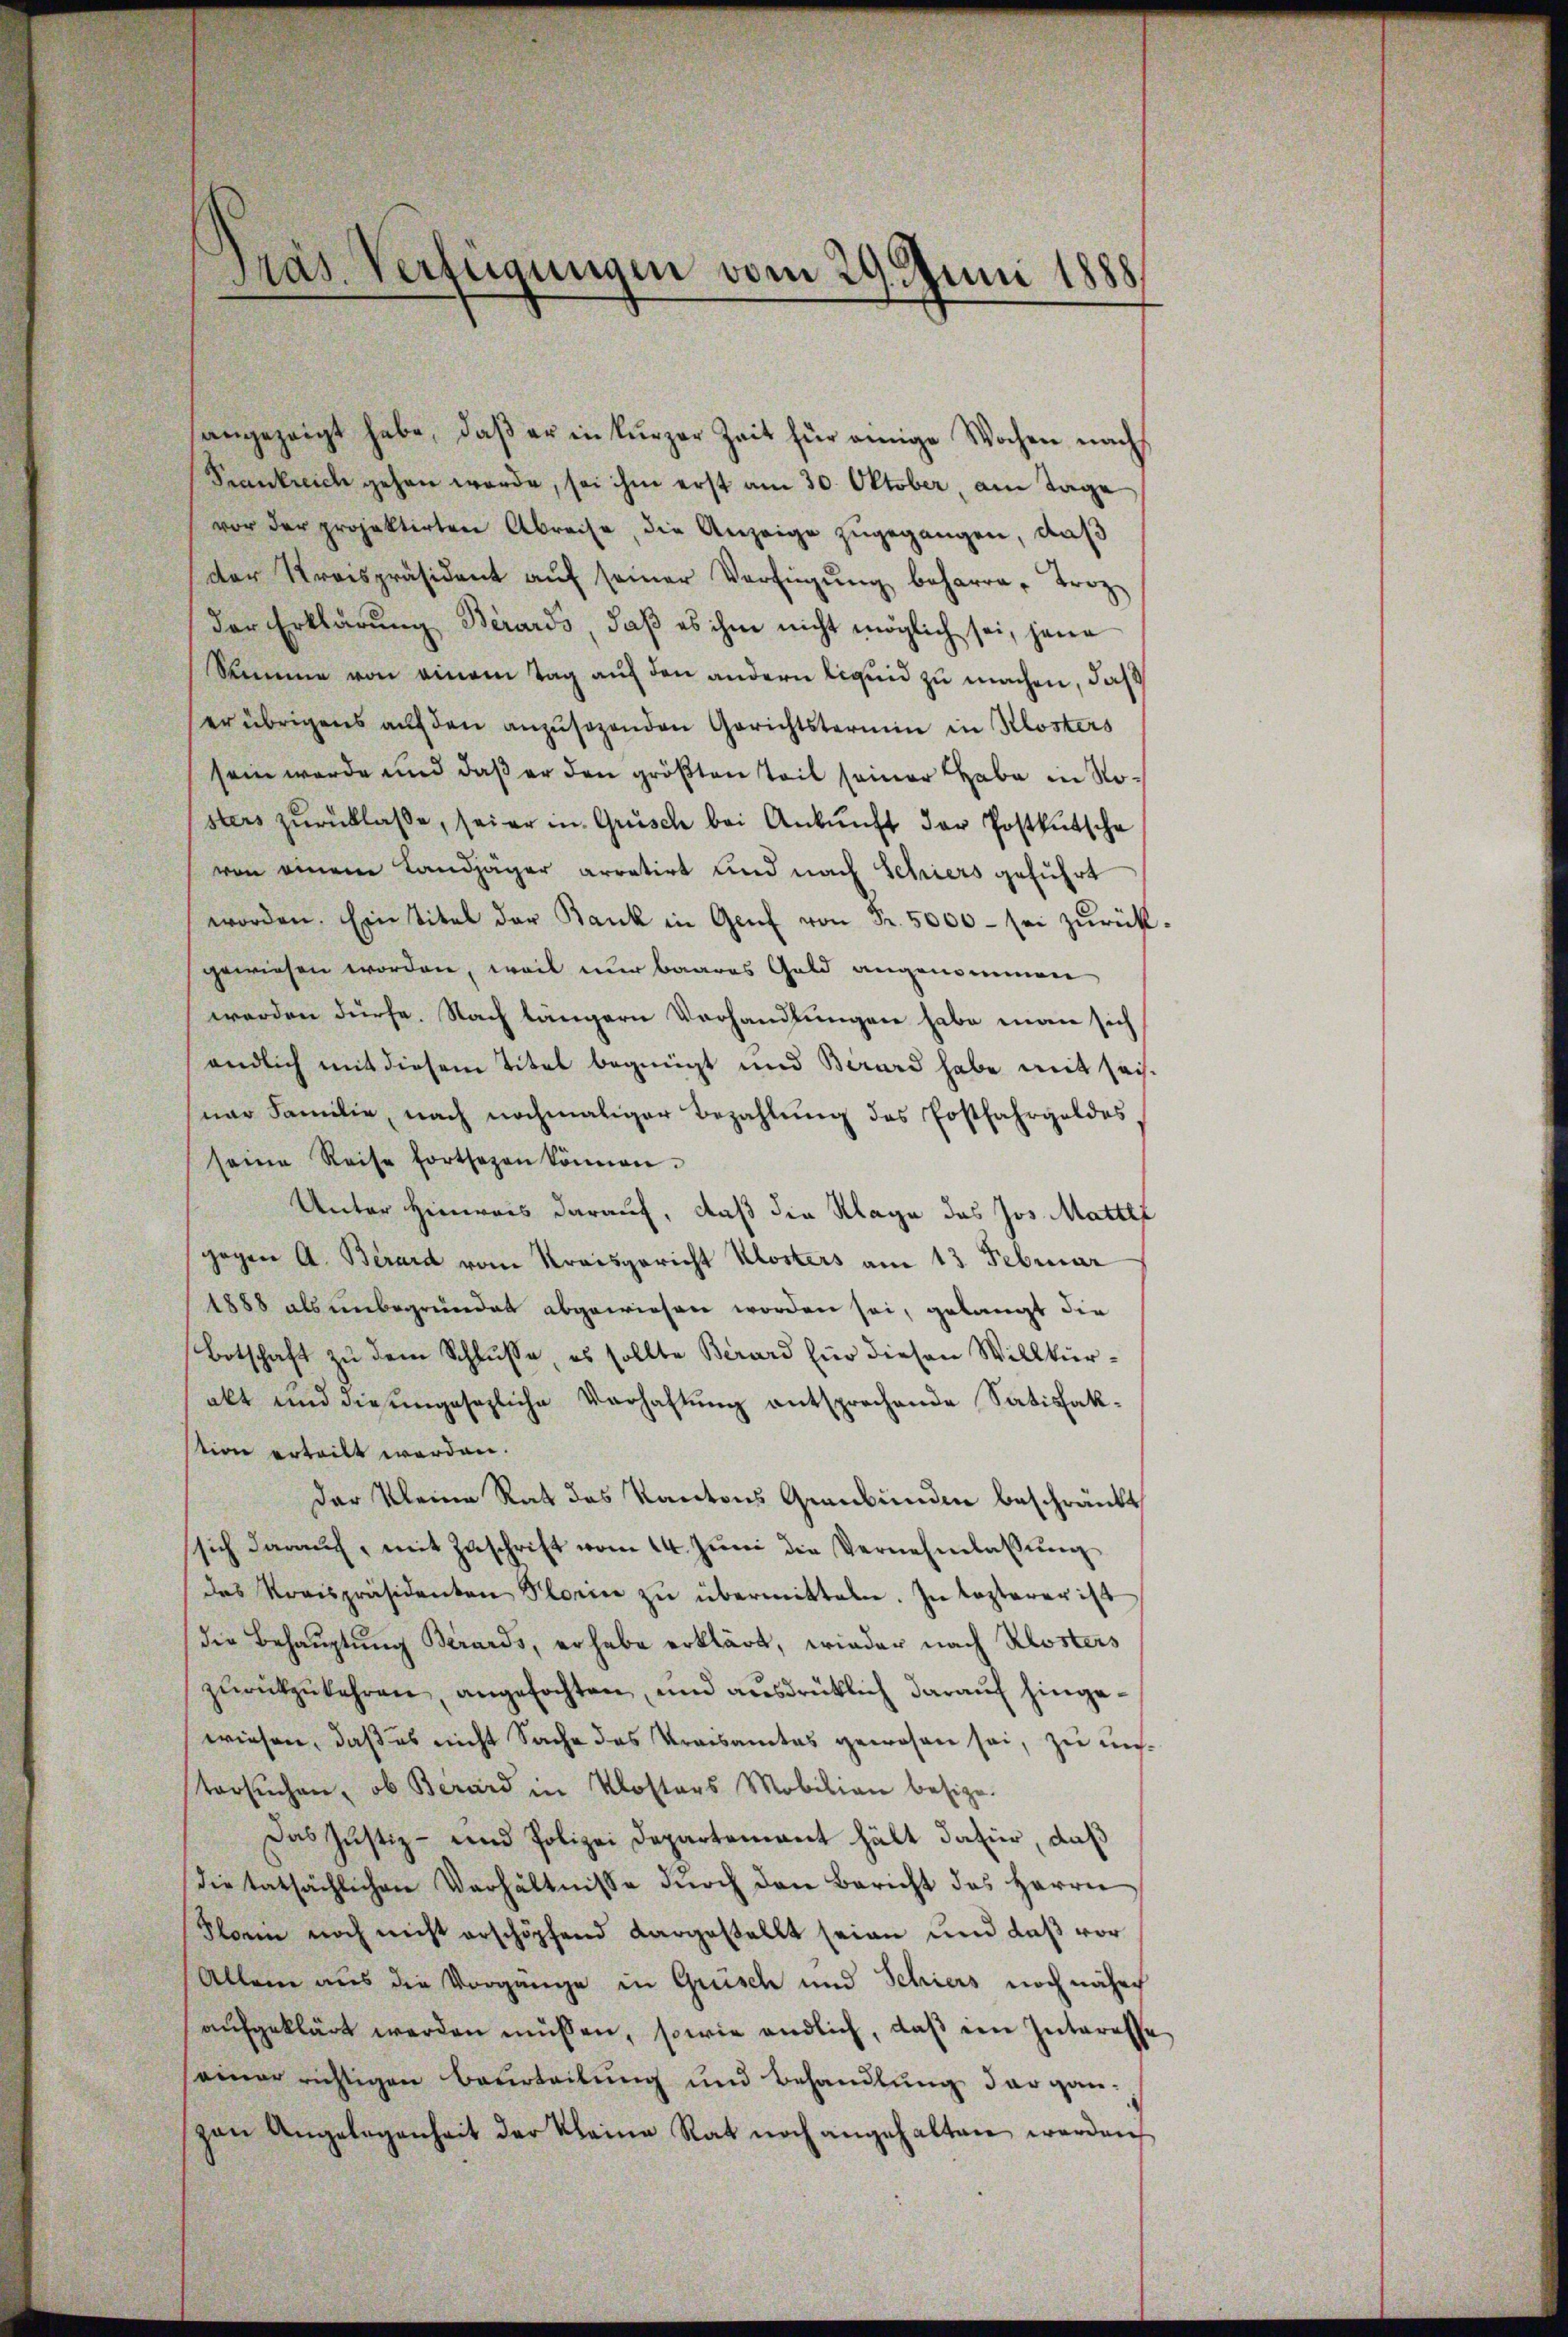
Präs. Verfügungen vom 29. Juni 1888

angezeigt habe, daβ er in kurzer Zeit für einige Wochen nach
Krankreich gehen werde, sei ihm erst am 30. Oktober, am Tage
vor der projektirten Abreise, die Anzeige zugegangen, daß
der Kraispräsident aŭf seiner Verfügŭng beharre, Troz
der Erklärung Berards, daß es ihm nicht möglich sei, jene
Summe von einem Tag auf den andern liquid zu machen, daß
er übrigens auf den anzusehenden Gerichtstermin in Klosters
sein werde und daß er den größten Teil seiner habe in Nosters zŭrücklasse, sei er in Grüsch bei Ankŭnft der Postkutsche
von einem Landjäger arretirt und nach Schiers geführt
worden. Ein Titel der Bank in Genf von Fr. 5000 - sei zŭrück
gewiesen worden, weil nur baares Geld angenommen
werden dürfe. Nach längern Vorhandlungen habe man sich
endlich mit diesem Titel begnügt und Birard habe mit seisner Familie, nach nochmaliger Bezahlung des Postfahrgeldes
seine Reise fortsezen können.
Unter Hinweis darauf, daß die Klage des Jos. Mattet
gegen A. Berard vom Kreisgericht Klosters am 13 Februar
1888 als unbegründet abgewiesen worden sei, gelangt die
Botschaft zu dem Schlusse, es sollte Berard für diesen Willkürakt und die eingesezliche Verhaftung entsprechende Satisfaktion erteilt werden.
der kleine Rath des Kantons Graubünden beschränkt
sich darauf, mit Zuschrift vom 14. Juni die Vernehmlassung
des Kreispräsidenten Florin zŭ übermitteln. In Kosterer ist
die Behauptung Berards, er habe erklärt, wieder nach Klosters
zŭrückzukehren, angefochten, und ausdrüklich darauf hingewiesen, daß es nicht Sache des Kreisamtes gewesen sei, zu unstersuchen, ob Berard in Klosters Mobilian besize.
Das Justiz- und Polizei Departement hält dafür, daß
dietatsächlichen Verhältnisse dŭrch den Bericht des Herrn
Florin noch nicht erschöpfend dargestellt seien und daß vor
Allein aus die Vorgänge in Grüsch und Schiers noch nährch
aufgeklärt werden müssen, sowie endlich, daß im Interesse
seiner richtigen Beurteilung und Behandlung der ganzen Angelegenheit der Kleine Rat noch angehalten werden